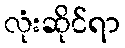
လုံးဆိုင်ရာ